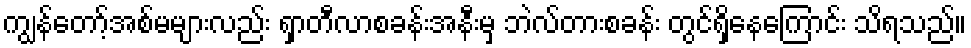
ကျွန်တော့်အစ်မများလည်း ရှာတီလာစခန်းအနီးမှ ဘဲလ်တားစခန်း တွင်ရှိနေကြောင်း သိရသည်။